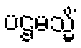
ပဌမသ္မိံ